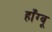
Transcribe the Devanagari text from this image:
हाँग्वू